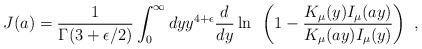
\begin{align*}J(a) = {1 \over \Gamma (3+\epsilon/2)} \int_0^\infty dyy^{4+\epsilon} {d\over dy} \ln~\left( 1- {K_\mu (y) I_\mu (ay) \over K_\mu (ay)I_\mu (y)}\right)~, \end{align*}